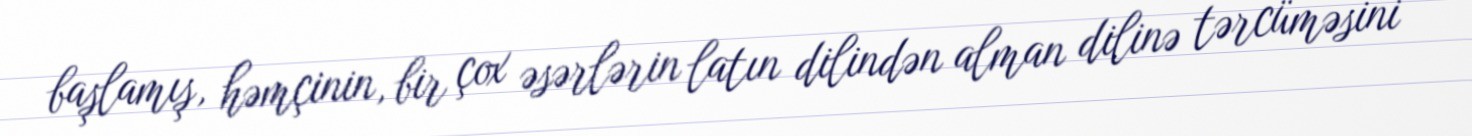
başlamış, həmçinin, bir çox əsərlərin latın dilindən alman dilinə tərcüməsini